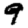
Digit: 9